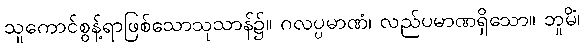
သူကောင်စွန့်ရာဖြစ်သောသုသာန်၌။ ဂလပ္ပမာဏံ၊ လည်ပမာဏရှိသော။ ဘူမိံ၊